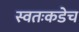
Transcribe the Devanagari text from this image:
स्वतःकडेच